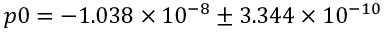
p 0 = - 1 . 0 3 8 \times 1 0 ^ { - 8 } \pm 3 . 3 4 4 \times 1 0 ^ { - 1 0 }